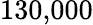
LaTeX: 130{,}000